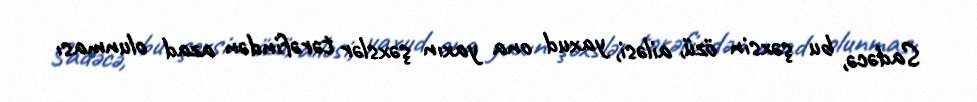
Sadəcə, bu şəxsin özü, ailəsi, yaxud ona yaxın şəxslər tərəfindən azad olunması